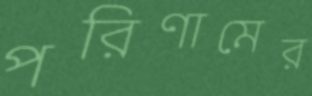
পরিণামের